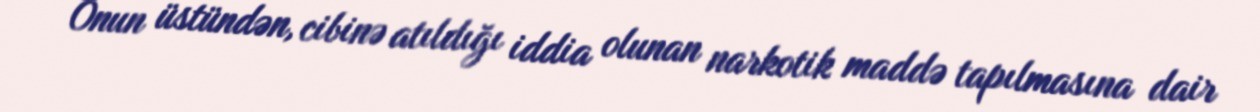
Onun üstündən, cibinə atıldığı iddia olunan narkotik maddə tapılmasına dair